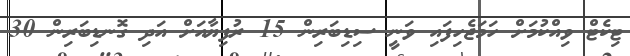
ޓިކެޓް ވިއްކުމަށް ހަމަޖެހިފައި ވަނީ ސިޑިބަރިން 15 ރުފިޔާއަށް އަދި ގޮނޑިބަރިން 30